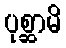
ပုစ္ဆာမိ